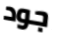
جود